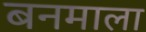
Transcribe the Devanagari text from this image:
बनमाला